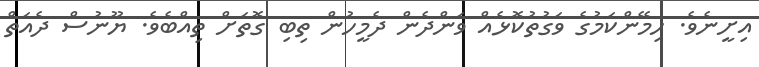
އިށީނެވެ. ހިމޭންކަމުގެ ވަގުތުކޮޅެއް ވަންދެން ދެމީހުން ތިބި ގޮތަށް ތިއްބެވެ. ޔޫނުސް ދެއަތް